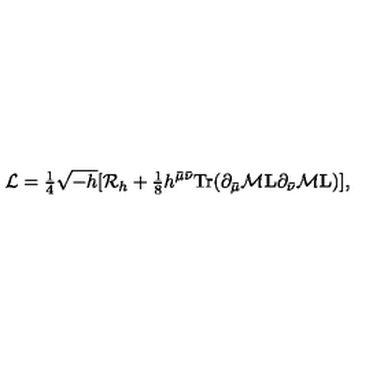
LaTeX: { \cal L } = { \textstyle { \frac { 1 } { 4 } } } \sqrt { - h } [ { \cal R } _ { h } + { \textstyle { \frac { 1 } { 8 } } } h ^ { \bar { \mu } \bar { \nu } } \mathrm { T r } ( \partial _ { \bar { \mu } } { \cal M } { \bf L } \partial _ { \bar { \nu } } { \cal M } { \bf L } ) ] ,